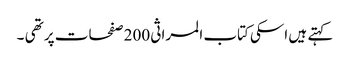
کہتے ہیں اسکی کتاب المراثی 200 صفحات پر تھی ۔